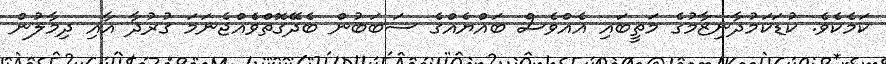
ކަމެކެވެ. ކުޑަކަމުދާނިޒާމުގެ މަތީބައި އެއްވެސް ބައްޔެއްގެ ސަބަބުން ބެދޭގޮތްވެއްޖެނަމަ ގުރުދާ އާއި ދިމާލުން